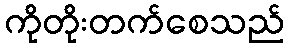
ကိုတိုးတက်စေသည်